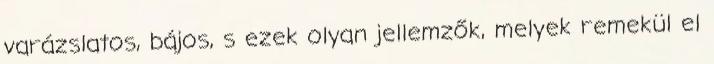
varázslatos, bájos, s ezek olyan jellemzők, melyek remekül el